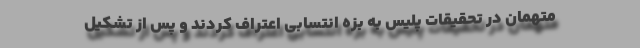
متهمان در تحقیقات پلیس به بزه انتسابی اعتراف کردند و پس از تشکیل